Lunatic asylums Madras 1877-1891 - 1877-1891
Year: 1877
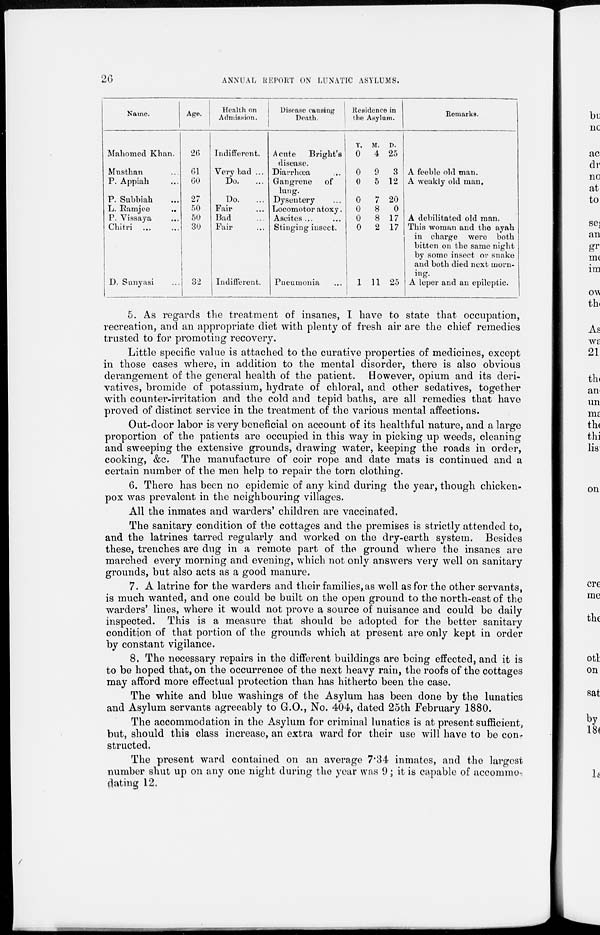
26
ANNUAL REPORT ON LUNATIC ASYLUMS.
Name.
Mahomed Khan.
Musthan ...
P. Appiah ...
P. Subbiah ...
L. Ramjee ...
P. Vissaya ...
Chitri
...
...
D. Sunyasi ...
Age.
26
61
60
27
50
50
30
32
Health on
Admission.
Indifferent.
Very bad ...
Do. ...
Do. ...
Fair ...
Bad ...
Fair ...
Indifferent.
Disease causing
Death.
Acute
Bright's
disease.
Diarrhœa ...
Gangrene
of
lung.
Dysentery ...
Locomotor atoxy.
Ascites ... ...
Stinging insect.
Pneumonia
Residence in
the Asylum.
Y.
0
0
0
0
0
0
0
1
M.
4
9
5
7
8
8
2
11
D.
25
3
12
20
0
17
17
25
Remarks.
A feeble old man.
A weakly old man.
A debilitated old man.
This woman and the ayah
in charge were both
bitten on the same night
by some insect or snake
and both died next morn-
ing.
A leper and an epileptic.
5. As regards the treatment of insanes, I have to state that occupation,
recreation, and an appropriate diet with plenty of fresh air are the chief remedies
trusted to for promoting recovery.
Little specific value is attached to the curative properties of medicines, except
in those cases where, in addition to the mental disorder, there is also obvious
derangement of the general health of the patient. However, opium and its deri-
vatives, bromide of potassium, hydrate of chloral, and other sedatives, together
with counter-irritation and the cold and tepid baths, are all remedies that have
proved of distinct service in the treatment of the various mental affections.
Out-door labor is very beneficial on account of its healthful nature, and a large
proportion of the patients are occupied in this way in picking up weeds, cleaning
and sweeping the extensive grounds, drawing water, keeping the roads in order,
cooking, &c, The manufacture of coir rope and date mats is continued and a
certain number of the men help to repair the torn clothing.
6. There has been no epidemic of any kind during the year, though chicken-
pox was prevalent in the neighbouring villages.
All the inmates and warders' children are vaccinated.
The sanitary condition of the cottages and the premises is strictly attended to,
and the latrines tarred regularly and worked on the dry-earth system. Besides
these, trenches are dug in a remote part of the ground where the insanes are
marched every morning and evening, which not only answers very well on sanitary
grounds, but also acts as a good manure,
7. A latrine for the warders and their families, as well as for the other servants,
is much wanted, and one could be built on the open ground to the north-east of the
warders' lines, where it would not prove a source of nuisance and could be daily
inspected. This is a measure that should be adopted for the better sanitary
condition of that portion of the grounds which at present are only kept in order
by constant vigilance.
8. The necessary repairs in the different buildings are being effected, and it is
to be hoped that, on the occurrence of the next heavy rain, the roofs of the cottages
may afford more effectual protection than has hitherto been the case.
The white and blue washings of the Asylum has been done by the lunatics
and Asylum servants agreeably to G.O., No. 404, dated 25th February 1880.
The accommodation in the Asylum for criminal lunatics is at present sufficient,
but, should this class increase, an extra ward for their use will have to be con-
structed.
The present ward contained on an average 7.34 inmates, and the largest
number shut up on any one night during the year was 9; it is capable of accommo-
dating 12.